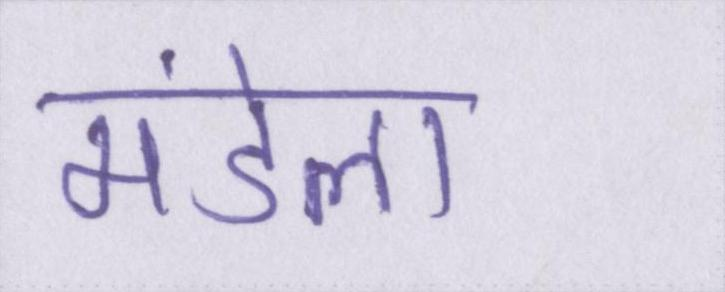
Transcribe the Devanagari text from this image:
मंडेला